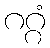
ဂဂ္ဂံ